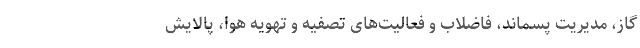
گاز، مدیریت پسماند، فاضلاب و فعالیت‌های تصفیه و تهویه هوا، پالایش